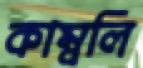
কাম্বলি